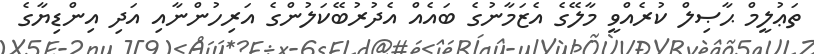
ތަޢުލީމް ޙާޞިލް ކުރެއްވީ މާލޭގެ އެޒަމާނުގެ ބައެއް އެދުރުބޭކަލުންގެ އަރިހުންނާއި އަދި އިންޑިޔާގެ